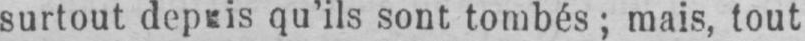
qu’ils sont tombés; mais, tout